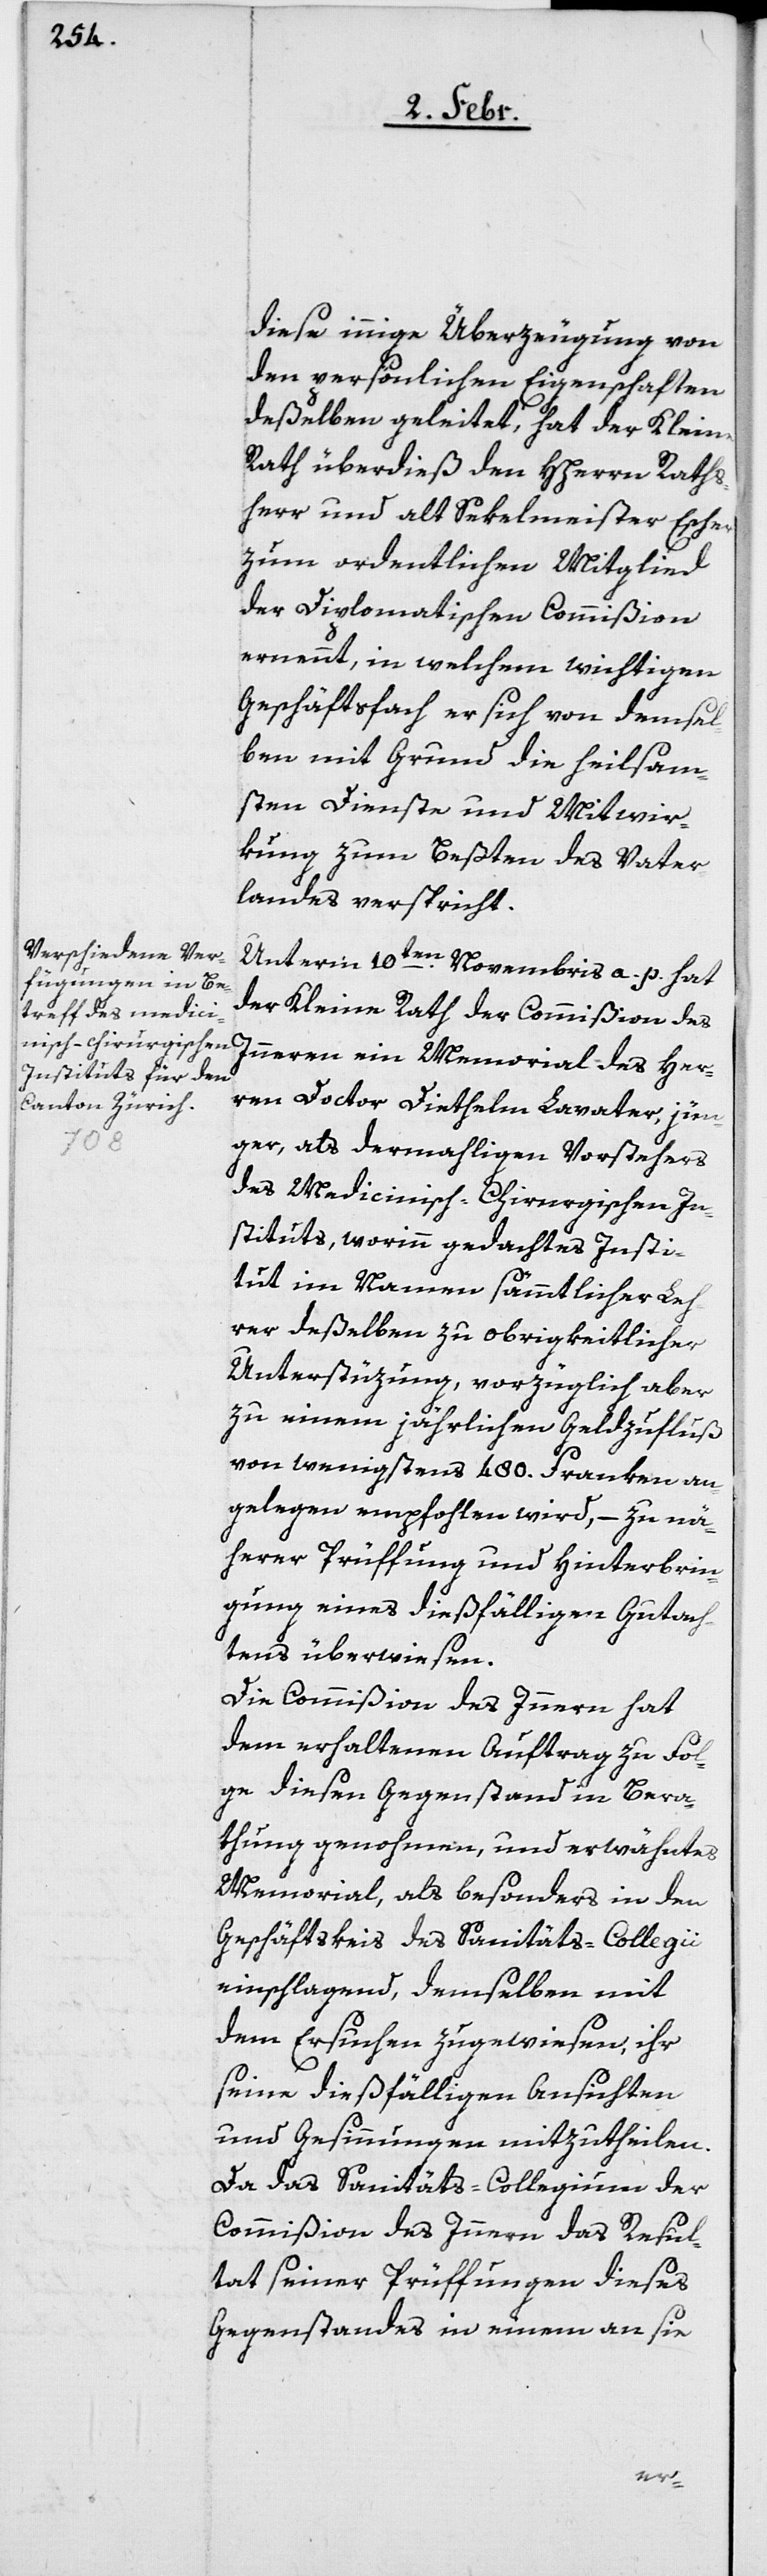
diese innige Überzeugung von
den persönlichen Eigenschaften
deßelben geleitet, hat der Kleine
Rath überdieß den HHerrn Raths¬
herr und alt Sekelmeister Escher
zum ordentlichen Mitglied
der Diplomatischen Commißion
ernennt, in welchem wichtigen
Geschäftsfach er sich von demsel¬
ben mit Grund die heilsam¬
sten Dienste und Mitwir¬
kung zum Beßten des Vater¬
landes verspricht.
Unterm 10ten. Novembris a. p. hat
der Kleine Rath der Commißion des
Innern ein Memorial des Her¬
ren Doctor Diethelm Lavater, jün¬
ger, als dermahligen Vorstehers
des Medicinisch-Chirurgischen In¬
stituts, worinn gedachtes Insti¬
tut im Namen sämmtlicher Leh¬
rer deßelben zu obrigkeitlicher
Unterstüzung, vorzüglich aber
zu einem jährlichen Geldzufluß
von wenigstens 480. Franken an¬
gelegen empfohlen wird, – zu nä¬
herer Prüffung und Hinterbrin¬
gung eines dießfälligen Gutach¬
tens überwiesen.
Die Commißion des Innern hat
dem erhaltenen Auftrag zu Fol¬
ge diesen Gegenstand in Bera¬
thung genohmen, und erwähntes
Memorial, als besonders in den
Geschäftskeis [sic!] des Sanitäts-Collegii
einschlagend, demselben mit
dem Ersuchen zugewiesen, ihr
seine dießfälligen Ansichten
und Gesinnungen mitzutheilen.
Da das Sanitäts-Collegium der
Commißion des Innern das Resul¬
tat seiner Prüffungen dieses
Gegenstandes in einem an sie